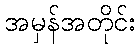
အမှန်အတိုင်း